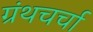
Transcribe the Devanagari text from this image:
ग्रंथचर्चा